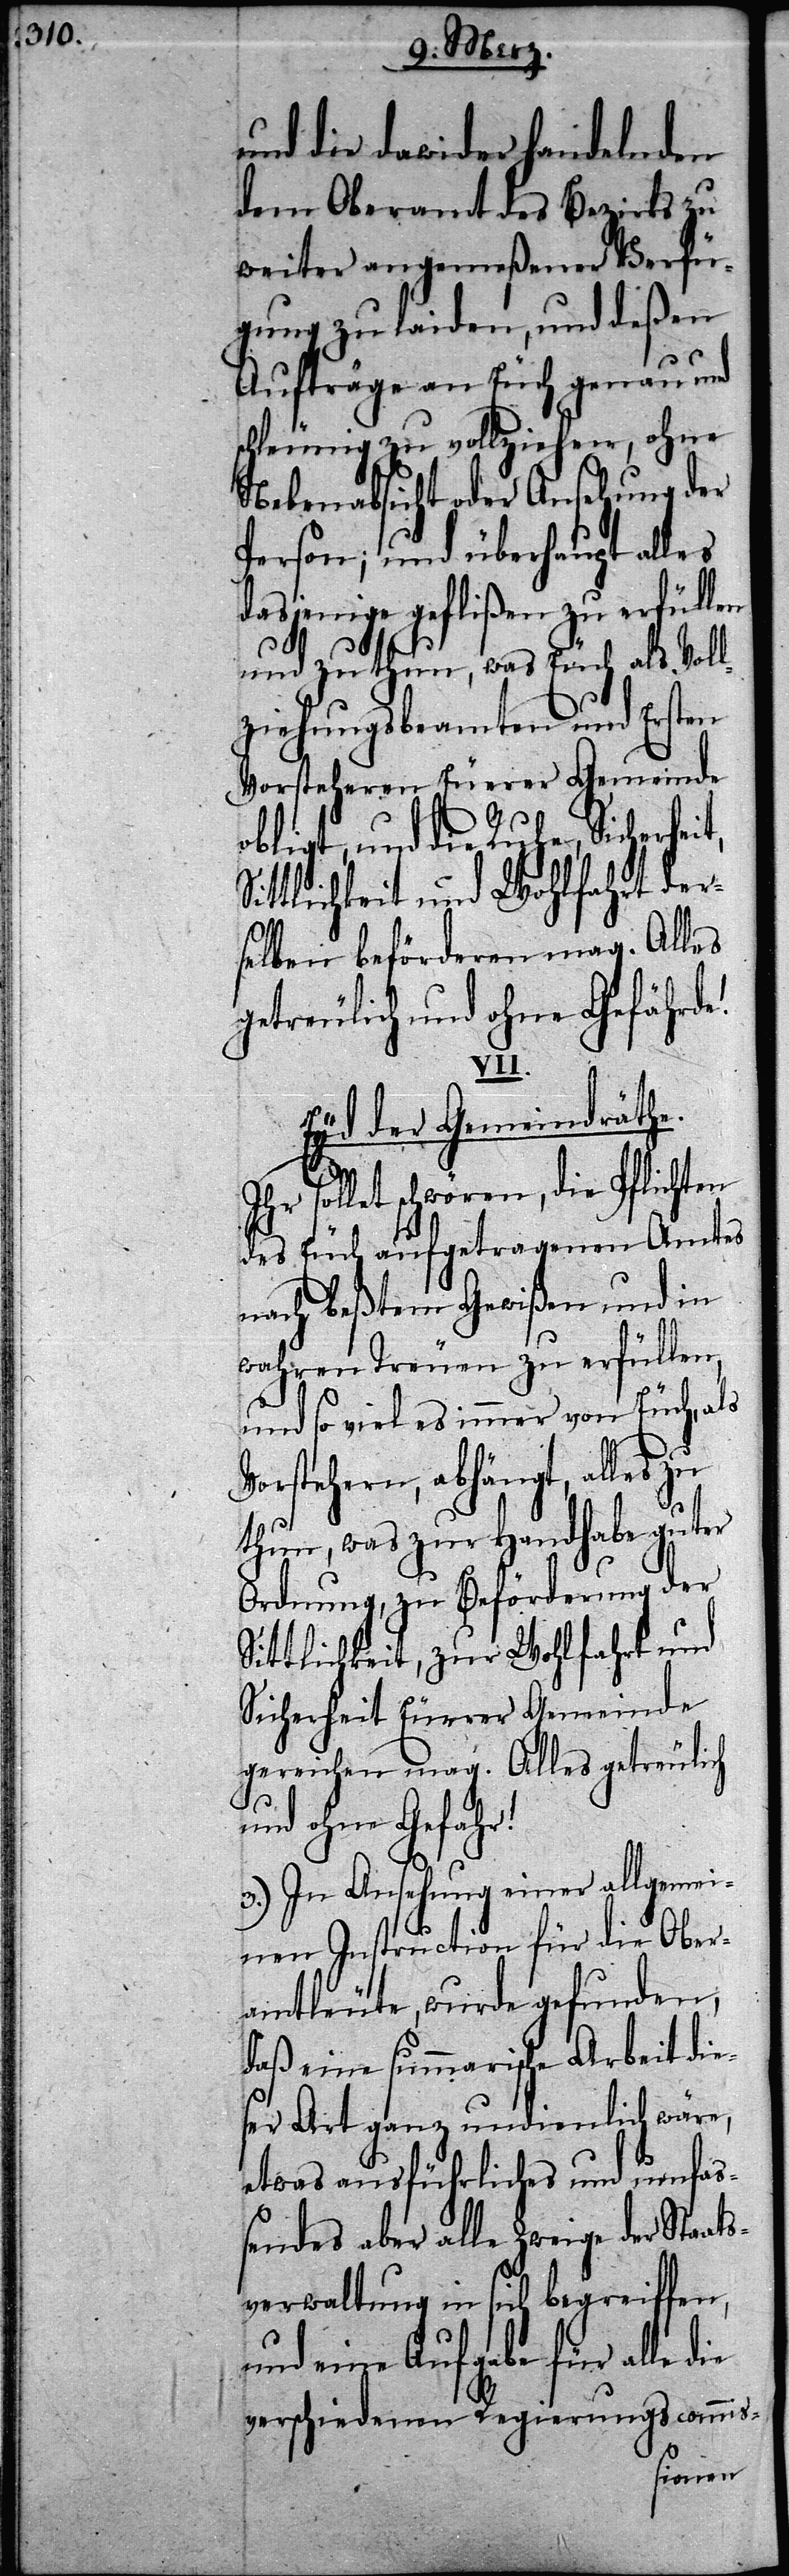
und die dawider handelnden
dem Oberamt des Bezirks zu
weiter angemeßener Verfü¬
gung zu laiden, und deßen
Aufträge an Euch genau und
schleunig zu vollziehen, ohne
Nebenabsicht oder Ansehung der
Person; und überhaupt alles
dasjenige geflißen zu erfüllen
und zu thun, was Euch als Voll¬
ziehungsbeamten und Ersten
Vorsteheren Euerer Gemeinde
obligt, und die Ruhe, Sicherhei¬
Sittlichkeit und Wohlfahrt der¬
selben beförderen mag. Alles
getreulich und ohne Gefährde!
V¬
Eyd der Gemeindräthe.
solltet schwören, die Pflichten
des Euch aufgetragenen Amtes
nach beßtem Gewißen und in
wahren Treuen zu erfüllen,
und so viel es immer von Euch, als
orstehern, abhängt, alles
thun, was zur Handhabe guter
Ordnung, zu Beförderung der
Sittlichkeit, zur Wohlfahrt und
Sicherheit Euerer Gemeinde
gereichen mag. Alles getreulich
und ohne Gefahr!
3.) In Ansehung einer allgemei¬
nen Instruction für die Ober¬
amtleute, wurde gefunden,
daß eine summarische Arbeit die¬
ser Art ganz undienlich wäre,
etwas ausführliches und umfaß¬
endes aber alle Zweige der Staat¬
sverwaltung in sich begreiffen,
und eine Aufgabe für alle die
verschiedenen Regierungscommis-